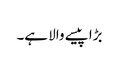
بڑا پیسے والا ہے۔